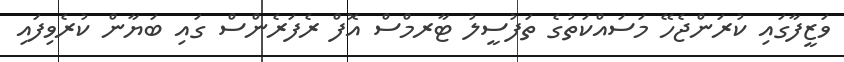
ވަޒީފާގައި ކުރަންޖެހޭ މަސައްކަތުގެ ތަފުސީލު ޓާރމްސް އޮފް ރެފަރެންސް ގައި ބަޔާން ކުރެވިފައި